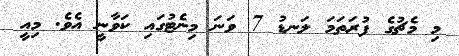
މި މެޗުގެ ފުރަތަމަ ލަނޑު 7 ވަނަ މިނެޓުގައި ކަވާނީ އެވެ. މިއީ